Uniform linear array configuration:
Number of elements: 48
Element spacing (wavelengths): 0.75
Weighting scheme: blackman
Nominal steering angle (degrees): -15
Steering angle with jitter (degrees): -14.647
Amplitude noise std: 0.05
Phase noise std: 0.05

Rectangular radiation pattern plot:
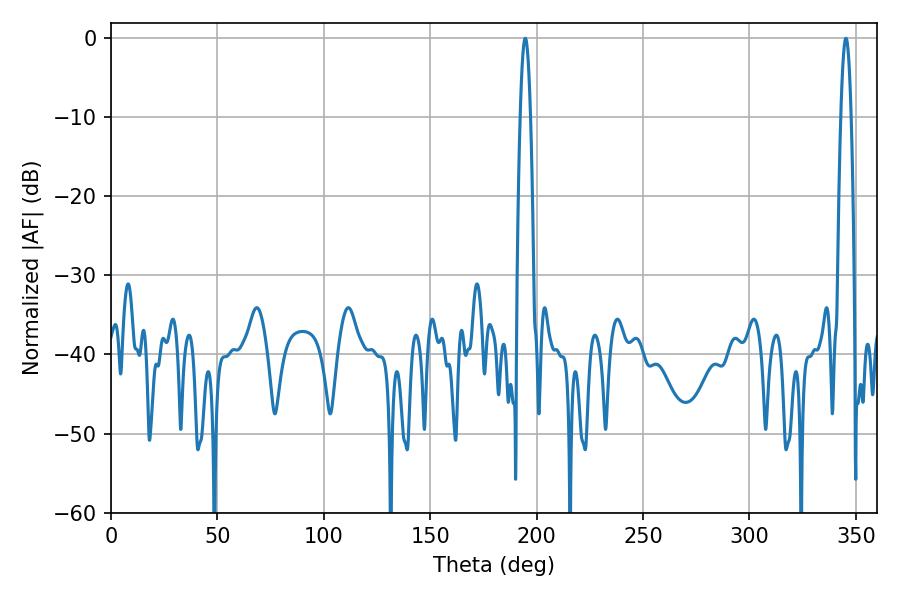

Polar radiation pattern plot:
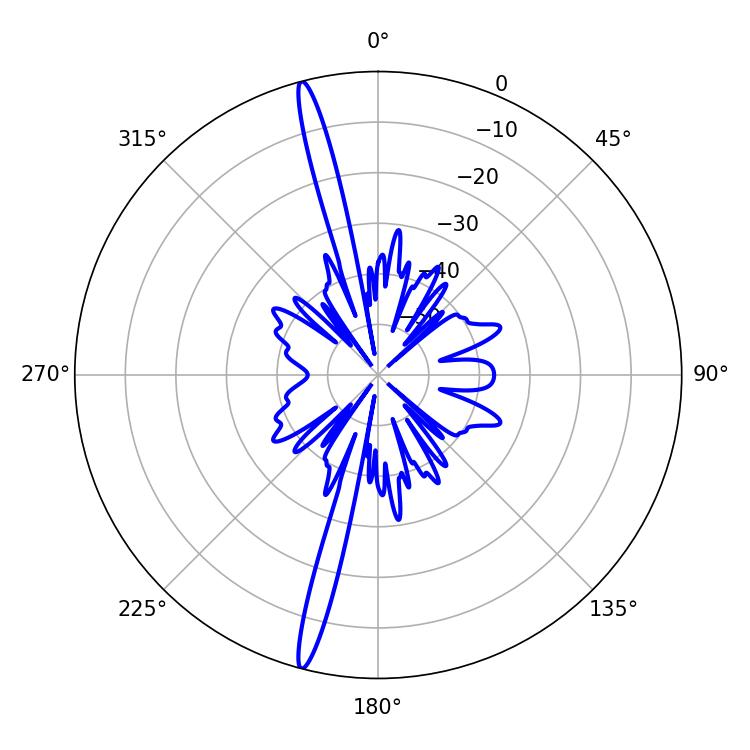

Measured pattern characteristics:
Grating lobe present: TRUE
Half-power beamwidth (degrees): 2.7
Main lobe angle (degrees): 194.58